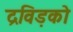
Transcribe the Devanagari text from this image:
द्रविड़को